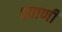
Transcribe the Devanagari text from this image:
॥वाणी